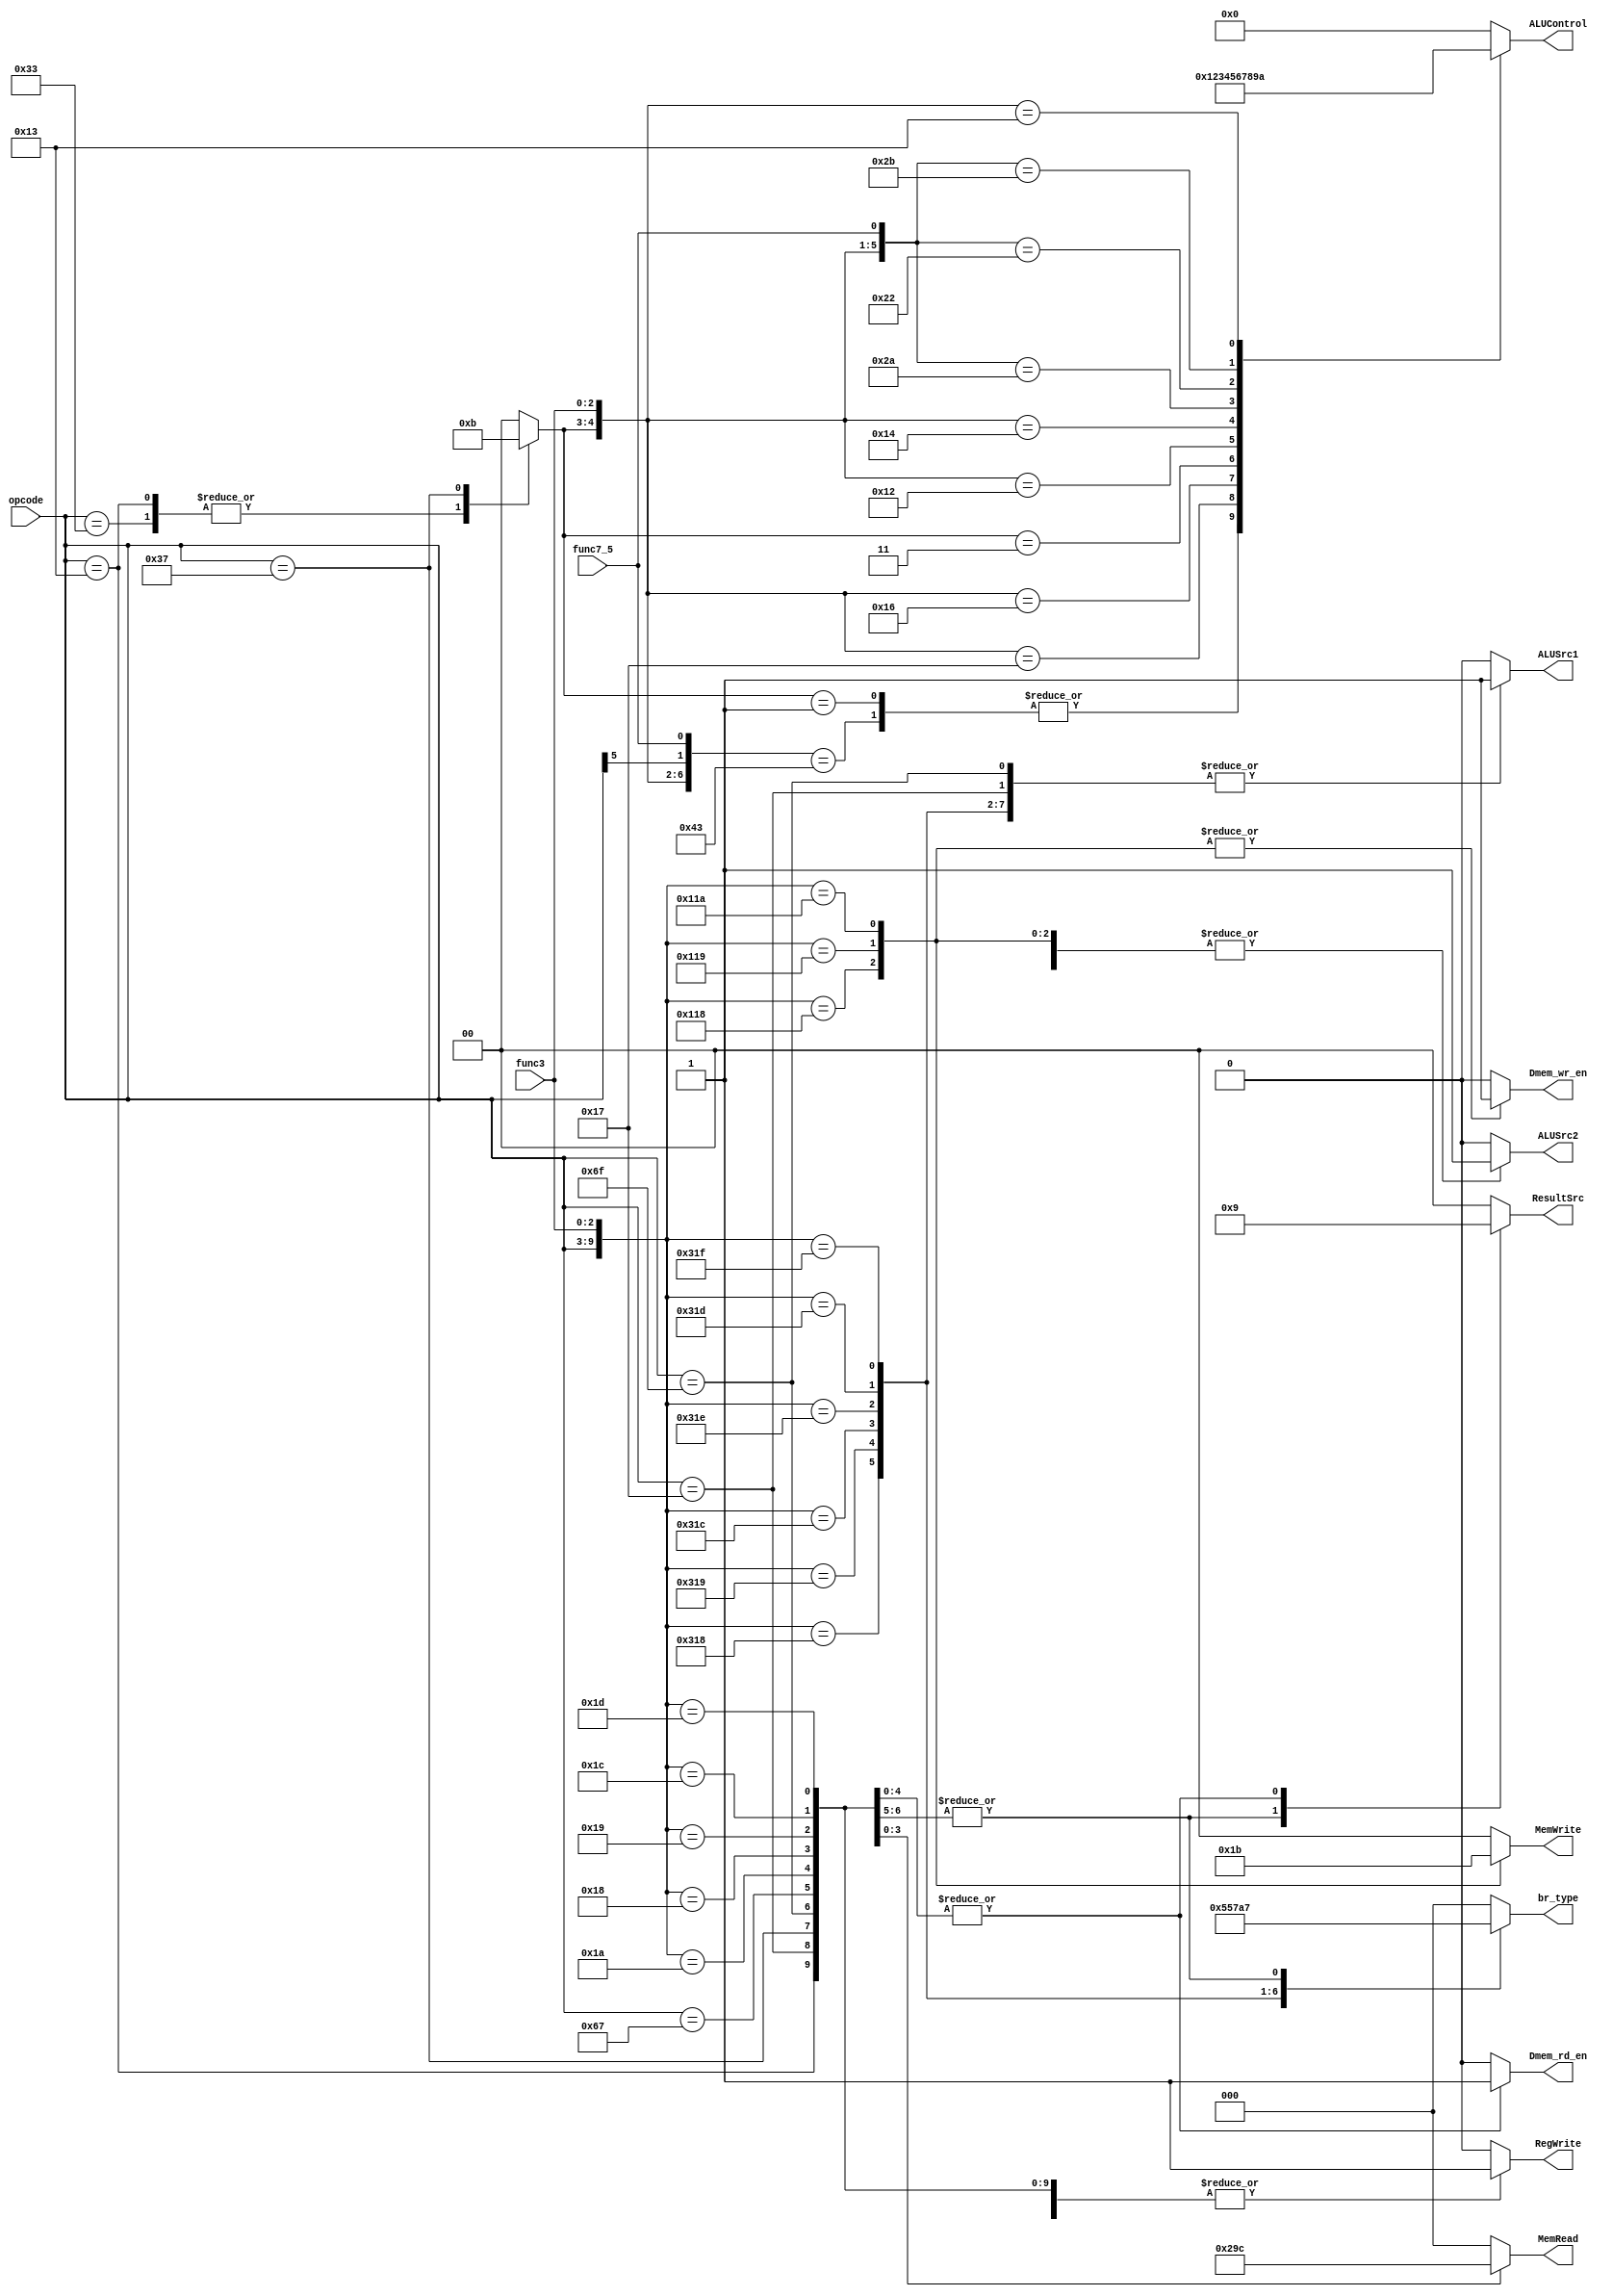
`timescale 1ns/1ns

module ControlUnit (
    input [6:0] opcode,
    input [2:0] func3,
    input func7_5,
    output reg [1:0] ResultSrc,MemWrite,
    output reg  ALUSrc2, ALUSrc1, RegWrite, Dmem_wr_en, Dmem_rd_en,
    output reg [3:0] ALUControl,
    output reg [2:0] MemRead, br_type
);

    reg [1:0] ALUOp;
    always @(*) begin   
        casex ({opcode,func3})
            10'b0110011xxx: begin   // R-type
                                RegWrite = 1;
                                ALUSrc2 = 0;
                                MemWrite = 2'b00;
                                ResultSrc = 2'b00;
                                ALUOp = 2'b10;
                                MemRead = 3'b000;
                                br_type = 3'b000;
                                ALUSrc1 = 0;
                                Dmem_wr_en = 0;
                                Dmem_rd_en = 0;
                            end 
            10'b1100011000: begin   //  BEQ
                                RegWrite = 0;
                                ALUSrc2 = 1;
                                MemWrite = 2'b00;
                                ResultSrc = 2'b00;
                                ALUOp = 2'b00;
                                MemRead= 3'b000;
                                br_type = 3'b001;
                                ALUSrc1 = 1;
                                Dmem_wr_en = 0;
                                Dmem_rd_en = 0;
                            end 
            10'b1100011001: begin   //  BNE
                                RegWrite = 0;
                                ALUSrc2 = 1;
                                MemWrite = 2'b00;
                                ResultSrc = 2'b00;
                                ALUOp = 2'b00;
                                MemRead= 3'b000;
                                br_type = 3'b010;
                                ALUSrc1 = 1;
                                Dmem_wr_en = 0;
                                Dmem_rd_en = 0;
                            end 
            10'b1100011100: begin   //  BLT 
                                RegWrite = 0;
                                ALUSrc2 = 1;
                                MemWrite = 2'b00;
                                ResultSrc = 2'b00;
                                ALUOp = 2'b00;
                                MemRead= 3'b000;
                                br_type = 3'b101;
                                ALUSrc1 = 1;
                                Dmem_wr_en = 0;
                                Dmem_rd_en = 0;
                            end 
            10'b1100011110: begin   //  BLTU
                                RegWrite = 0;
                                ALUSrc2 = 1;
                                MemWrite = 2'b00;
                                ResultSrc = 2'b00;
                                ALUOp = 2'b00;
                                MemRead= 3'b000;
                                br_type = 3'b011;
                                ALUSrc1 = 1;
                                Dmem_wr_en = 0;
                                Dmem_rd_en = 0;
                            end
            10'b1100011101: begin   //  BGE 
                                RegWrite = 0;
                                ALUSrc2 = 1;
                                MemWrite = 2'b00;
                                ResultSrc = 2'b00;
                                ALUOp = 2'b00;
                                MemRead= 3'b000;
                                br_type = 3'b110;
                                ALUSrc1 = 1;
                                Dmem_wr_en = 0;
                                Dmem_rd_en = 0;
                            end 
            10'b1100011111: begin   //   BGEU
                                RegWrite = 0;
                                ALUSrc2 = 1;
                                MemWrite = 2'b00;
                                ResultSrc = 2'b00;
                                ALUOp = 2'b00;
                                MemRead= 3'b000;
                                br_type = 3'b100;
                                ALUSrc1 = 1;
                                Dmem_wr_en = 0;
                                Dmem_rd_en = 0;
                            end
            10'b0010011xxx: begin       // I-type (addi)
                                RegWrite = 1;
                                ALUSrc2 = 1;
                                MemWrite = 2'b00;
                                ResultSrc = 2'b00;
                                ALUOp = 2'b10;
                                MemRead= 3'b000;
                                br_type = 3'b000;
                                ALUSrc1 = 0;
                                Dmem_wr_en = 0;
                                Dmem_rd_en = 0;
                            end
            
            10'b0010111xxx: begin       // U-Type (auipc)
                                RegWrite = 1;
                                ALUSrc2 = 1;
                                MemWrite = 2'b00;
                                ResultSrc = 2'b00;
                                ALUOp = 2'b00;
                                MemRead= 3'b000;
                                br_type = 3'b000;
                                ALUSrc1 = 1;
                                Dmem_wr_en = 0;
                                Dmem_rd_en = 0;
                            end
            10'b0110111xxx: begin       // U-Type (lui)
                                RegWrite = 1;
                                ALUSrc2 = 1;
                                MemWrite = 2'b00;
                                ResultSrc = 2'b00;
                                ALUOp = 2'b11;
                                MemRead= 3'b000;
                                br_type = 3'b000;
                                ALUSrc1 = 0;
                                Dmem_wr_en = 0;
                                Dmem_rd_en = 0;
                            end
            10'b1101111xxx: begin       // J-type (jal)
                                RegWrite =1;
                                ALUSrc2 = 1'b1;
                                MemWrite = 2'b00;
                                ResultSrc = 2'b10;
                                ALUOp = 2'b00;
                                MemRead= 3'b000;
                                br_type = 3'b111;
                                ALUSrc1 = 1;
                                Dmem_wr_en = 0;
                                Dmem_rd_en = 0;
                            end
            10'b1100111xxx: begin       // J-type (jalr)
                                RegWrite =1;
                                ALUSrc2 = 1'b1;
                                MemWrite = 2'b00;
                                ResultSrc = 2'b10;
                                ALUOp = 2'b00;
                                MemRead= 3'b000;
                                br_type = 3'b111;
                                ALUSrc1 = 0;
                                Dmem_wr_en = 0;
                                Dmem_rd_en = 0;
                            end
            10'b0100011000: begin   //sb
                                RegWrite = 0;
                                ALUSrc2 = 1;
                                MemWrite = 2'b01;
                                ResultSrc = 2'b00;
                                ALUOp = 2'b00;
                                MemRead= 3'b000;
                                br_type = 3'b000;
                                ALUSrc1 = 0;
                                Dmem_wr_en = 1;
                                Dmem_rd_en = 0;
                        end  
            10'b0100011001: begin   //sh
                                RegWrite = 0;
                                ALUSrc2 = 1;
                                MemWrite = 2'b10;
                                ResultSrc = 2'b00;
                                ALUOp = 2'b00;
                                MemRead= 3'b000;
                                br_type = 3'b000;
                                ALUSrc1 = 0;
                                Dmem_wr_en = 1;
                                Dmem_rd_en = 0;
                            end  
            10'b0100011010: begin   //sw
                                RegWrite = 0;
                                ALUSrc2 = 1;
                                MemWrite = 2'b11;
                                ResultSrc = 2'b00;
                                ALUOp = 2'b00;
                                MemRead= 3'b000;
                                br_type = 3'b000;
                                ALUSrc1 = 0;
                                Dmem_wr_en = 1;
                                Dmem_rd_en = 0;
                            end 
            10'b0000011010: begin // lw
                                RegWrite = 1;
                                ALUSrc2 = 1;
                                MemWrite = 2'b00;
                                ResultSrc = 2'b01;
                                ALUOp = 2'b00;
                                MemRead= 3'b000;
                                br_type = 3'b000;
                                ALUSrc1 = 0;
                                Dmem_wr_en = 0;
                                Dmem_rd_en = 1;
                            end 
            10'b0000011000: begin // lb
                                RegWrite = 1;
                                ALUSrc2 = 1;
                                MemWrite = 2'b00;
                                ResultSrc = 2'b01;
                                ALUOp = 2'b00;
                                MemRead= 3'b001;
                                br_type = 3'b000;
                                ALUSrc1 = 0;
                                Dmem_wr_en = 0;
                                Dmem_rd_en = 1;
                            end 
            10'b0000011001: begin // lh
                                RegWrite = 1;
                                ALUSrc2 = 1;
                                MemWrite = 2'b00;
                                ResultSrc = 2'b01;
                                ALUOp = 2'b00;
                                MemRead= 3'b010;
                                br_type = 3'b000;
                                ALUSrc1 = 0;
                                Dmem_wr_en = 0;
                                Dmem_rd_en = 1;
                            end 
            10'b0000011100: begin // lbu
                                RegWrite = 1;
                                ALUSrc2 = 1;
                                MemWrite = 2'b00;
                                ResultSrc = 2'b01;
                                ALUOp = 2'b00;
                                MemRead= 3'b011;
                                br_type = 3'b000;
                                ALUSrc1 = 0;
                                Dmem_wr_en = 0;
                                Dmem_rd_en = 1;
                            end 
            10'b0000011101: begin // lhu
                                RegWrite = 1;
                                ALUSrc2 = 1;
                                MemWrite = 2'b00;
                                ResultSrc = 2'b01;
                                ALUOp = 2'b00;
                                MemRead= 3'b100;
                                br_type = 3'b000;
                                ALUSrc1 = 0;
                                Dmem_wr_en = 0;
                                Dmem_rd_en = 1;
                            end 
            default:    begin       // default
                            RegWrite = 0;
                            ALUSrc2 = 0;
                            MemWrite = 2'b0;
                            ResultSrc = 2'b0;
                            ALUOp = 2'b00;
                            MemRead= 3'b000;
                            br_type = 3'b000;
                            ALUSrc1 = 0;
                            Dmem_wr_en = 0;
                            Dmem_rd_en = 0;
                        end 
        endcase
    end

    //ALU Decoder
    always @(*) begin
        casex ({ALUOp,func3,opcode[5],func7_5}) 
            7'b00xxxxx, 7'b1000000, 7'b1000001, 7'b1000010, 7'b100000x : ALUControl = 4'b0000;  //add
            7'b01xxxxx, 7'b1000011: ALUControl = 4'b0001;  //sub
            7'b10111xx: ALUControl = 4'b0010;    //AND
            7'b10110xx: ALUControl = 4'b0011;    //OR
            7'b11xxxxx: ALUControl = 4'b0100;    //no operation for U-type
            7'b10010xx: ALUControl = 4'b0101;    //SLT, SLTI
            7'b10100xx: ALUControl = 4'b0110;    //xor
            7'b10101x0: ALUControl = 4'b0111;    //SRL, SRLI
            7'b10001x0: ALUControl = 4'b1000;   //SLL, SLLI
            7'b10101x1: ALUControl = 4'b1001;   //SRA, SRAI
            7'b10011xx: ALUControl = 4'b1010;   //SLTU, SLTIU
            default: ALUControl = 4'b000;
        endcase
    end
 
endmodule